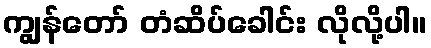
ကျွန်တော် တံဆိပ်ခေါင်း လိုလို့ပါ။